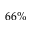
6 6 \%